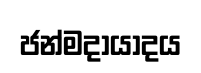
ජන්මදායාදය